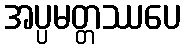
အပ္ပမတ္တဿပေ